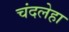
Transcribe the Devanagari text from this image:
चंदलेहा